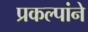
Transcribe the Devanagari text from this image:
प्रकल्पांने